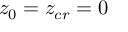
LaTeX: z _ { 0 } = z _ { c r } = 0